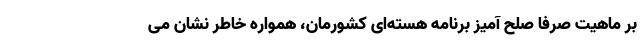
بر ماهیت صرفا صلح آمیز برنامه هسته‌ای کشورمان، همواره خاطر نشان می